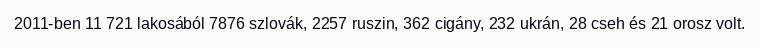
2011-ben 11 721 lakosából 7876 szlovák, 2257 ruszin, 362 cigány, 232 ukrán, 28 cseh és 21 orosz volt.